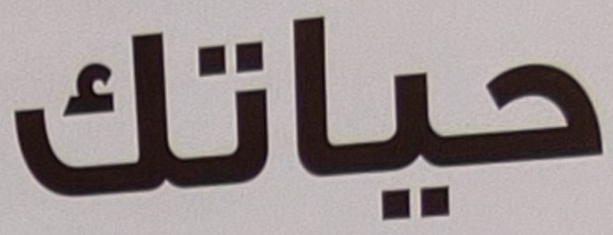
حياتك